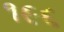
૧૯૬